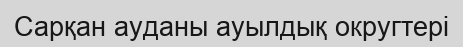
Сарқан ауданы ауылдық округтері